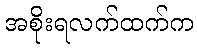
အစိုးရလက်ထက်က